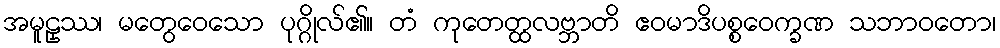
အမူဠှဿ၊ မတွေဝေသော ပုဂ္ဂိုလ်၏။ တံ ကုတေတ္ထလဗ္ဘာတိ ဧဝမာဒိပစ္စဝေက္ခဏ သဘာဝတော၊